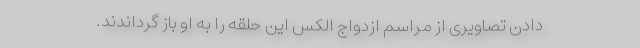
دادن تصاویری از مراسم ازدواج الکس این حلقه را به او باز گرداندند.